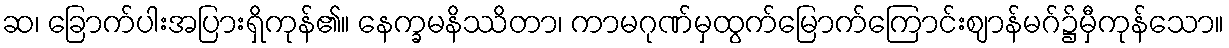
ဆ၊ ခြောက်ပါးအပြားရှိကုန်၏။ နေက္ခမနိဿိတာ၊ ကာမဂုဏ်မှထွက်မြောက်ကြောင်းဈာန်မဂ်၌မှီကုန်သော။